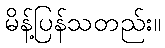
မိန့်ပြန်သတည်း။